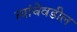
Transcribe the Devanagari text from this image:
त्यांचेवडील